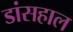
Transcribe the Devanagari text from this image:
डांसहाल